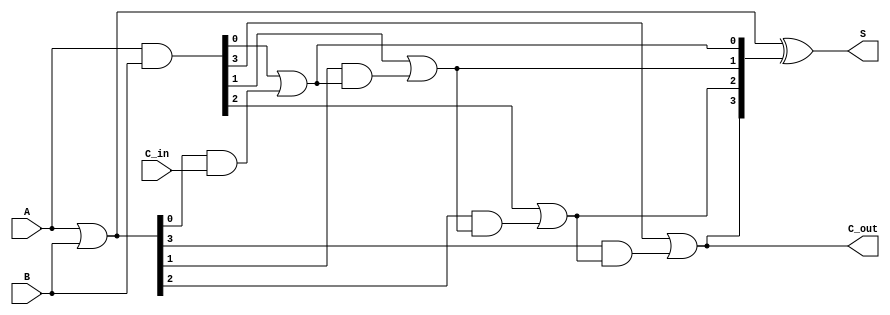
module SklanskyAdder #(parameter n = 4) (
    input [n-1:0] A,
    input [n-1:0] B,
    input C_in,
    output [n-1:0] S,
    output C_out
);

    wire [n-1:0] G; // Generate signals
    wire [n-1:0] P; // Propagate signals
    wire [n:0] C;   // Carry signals, C[0] is C_in

    // Generate and Propagate calculation
    assign G = A & B;         // G[i] = A[i] & B[i]
    assign P = A | B;         // P[i] = A[i] | B[i]

    // Initial carry-in
    assign C[0] = C_in;

    // Carry computation (Sklansky structure)
    genvar i;
    generate
        for (i = 0; i < n; i = i + 1) begin : carry_generation
            if (i == 0) begin
                assign C[i + 1] = G[i] | (P[i] & C[i]); // C[1] = G[0] + P[0] & C[0]
            end else begin
                assign C[i + 1] = G[i] | (P[i] & C[i]); // C[i+1] = G[i] + P[i] & C[i]
            end
        end
    endgenerate

    // Sum calculation
    assign S = P ^ C[n:1]; // S[i] = P[i] ^ C[i]

    // Final carry-out
    assign C_out = C[n];

endmodule